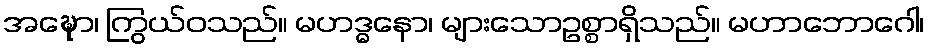
အဍ္ဎော၊ ကြွယ်ဝသည်။ မဟဒ္ဓနော၊ များသောဥစ္စာရှိသည်။ မဟာဘောဂေါ၊